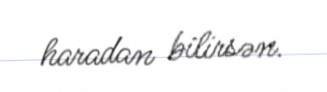
haradan bilirsən.